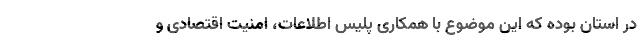
در استان بوده که این موضوع با همکاری پلیس اطلاعات، امنیت اقتصادی و